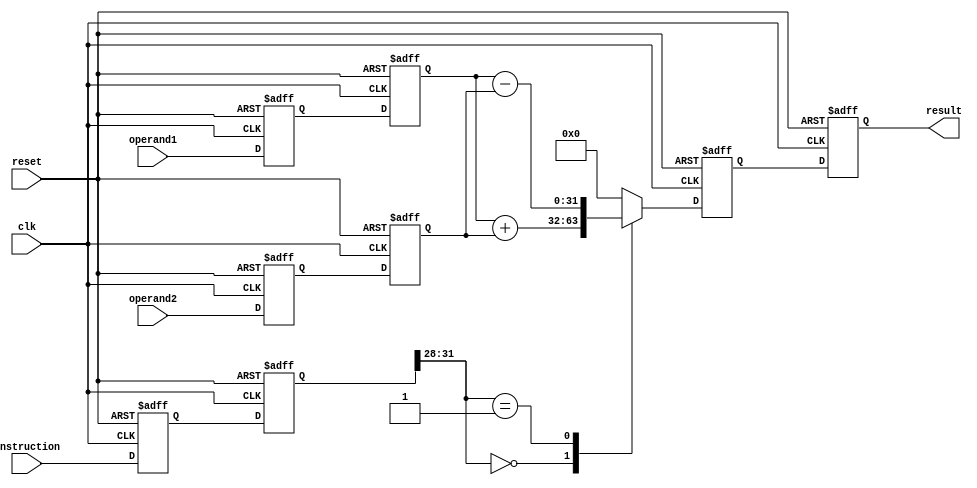
module TwoStagePipeline(
  input wire clk,
  input wire reset,
  input wire [31:0] instruction,
  input wire [31:0] operand1,
  input wire [31:0] operand2,
  output wire [31:0] result
);

  // Pipeline registers
  reg [31:0] pc;
  reg [31:0] instruction_fetch_reg;
  reg [31:0] operand1_fetch_reg;
  reg [31:0] operand2_fetch_reg;
  reg [31:0] instruction_decode_reg;
  reg [31:0] operand1_decode_reg;
  reg [31:0] operand2_decode_reg;
  reg [31:0] result_execute_reg;
  reg [31:0] result_writeback_reg;

  // Control signals
  reg stall;

  always @(posedge clk or posedge reset) begin
    if (reset) begin
      // Reset all pipeline registers and control signals
      pc <= 0;
      instruction_fetch_reg <= 0;
      operand1_fetch_reg <= 0;
      operand2_fetch_reg <= 0;
    end
    else begin
      pc <= pc + 1;
      instruction_fetch_reg <= instruction;
      operand1_fetch_reg <= operand1;
      operand2_fetch_reg <= operand2;
    end
  end

  always @(posedge clk or posedge reset) begin
    if (reset) begin
      // Reset all pipeline registers and control signals
      instruction_decode_reg <= 0;
      operand1_decode_reg <= 0;
      operand2_decode_reg <= 0;
      result_execute_reg <= 0;
      result_writeback_reg <= 0;
    end
    else begin
      instruction_decode_reg <= instruction_fetch_reg;
      operand1_decode_reg <= operand1_fetch_reg;
      operand2_decode_reg <= operand2_fetch_reg;    
      case (instruction_decode_reg[31:28])
          4'b0000: result_execute_reg <= operand1_decode_reg + operand2_decode_reg; // Addition
          4'b0001: result_execute_reg <= operand1_decode_reg - operand2_decode_reg; // Subtraction
          default: result_execute_reg <= 0; // No operation
      endcase
      result_writeback_reg <= result_execute_reg;
    end
  end     
    
  // Output assignment
  assign result = result_writeback_reg;

endmodule